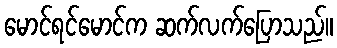
မောင်ရင်မောင်က ဆက်လက်ပြောသည်။